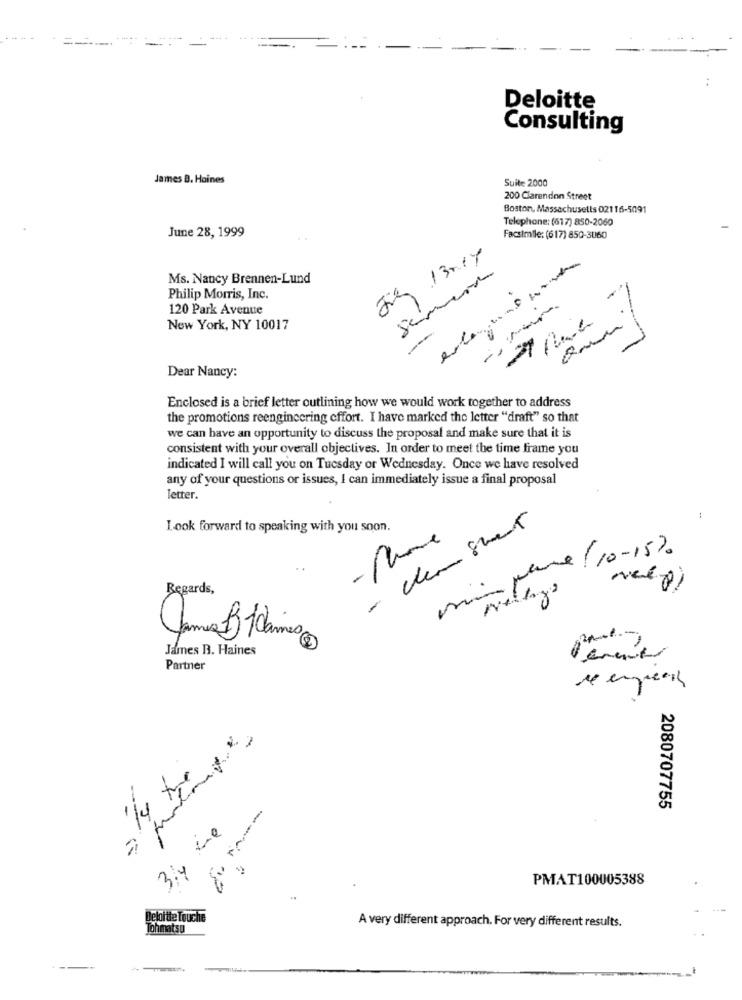
Deloitte
Consulting
James B. Haines
Suite 2000
200 Clarendon Street
Boston, Massachusetts 02116-5091
Telephone: (617) 850-2060
June 28, 1999
Facsimile: (617) 850-3060
Jun 13017
Ms. Nancy Brennen-Lund
Simeri
Philip Morris, Inc.
120 Park Avenue
New York, NY 10017
-
Dear Nancy:
Enclosed is a brief letter outlining how we would work together to address
the promotions reengineering cffort. I have marked the letter "draft" so that
we can have an opportunity to discuss the proposal and make sure that it is
consistent with your overall objectives. In order to meet the time frame you
indicated I will call you on Tuesday or Wednesday. Once we have resolved
any of your questions or issues, I can immediately issue a final proposal
letter.
Look forward to speaking with you soon.
pane /10-15%
Regards,
James B. Haines
Partner
2080707755
3/4 the
PMAT100005388
Deloitte Touche
A very different approach. For very different results.
Jonmatsu